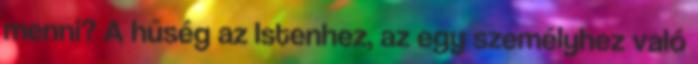
menni? A hűség az Istenhez, az egy személyhez való